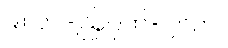
၉။ ၁၂-ဩဂုတ်-၂၀၀၀